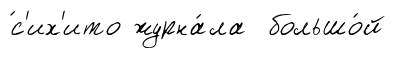
́с'их'ито журна́ла большо́й